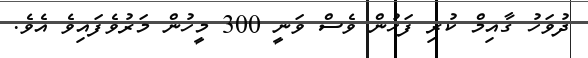
ދުވަހު ގާއިމް ކުރި ފަހުން ވެސް ވަނީ 300 މީހުން މަރުވެފައިވެ އެވެ.